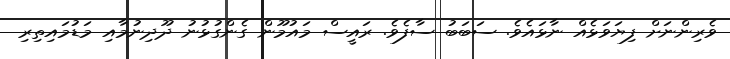
ވެރިންނަށް ފިޔަވަޅެއް ނާޅައެވެ. ސަބަބު ސާފެވެ. ރައީސް މައުމޫން ގެންގުޅުނު ދޫދިނުމާއި މަޑުމައިތިރި